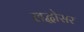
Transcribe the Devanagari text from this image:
लद्धोसर